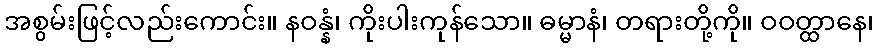
အစွမ်းဖြင့်လည်းကောင်း။ နဝန္နံ၊ ကိုးပါးကုန်သော။ ဓမ္မာနံ၊ တရားတို့ကို။ ဝဝတ္ထာနေ၊